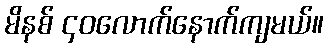
မိနစ် ၄၀လောက်နောက်ကျမယ်။